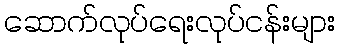
ဆောက်လုပ်ရေးလုပ်ငန်းများ